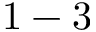
1 - 3